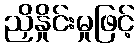
ညှိနှိုင်းမှုဖြင့်